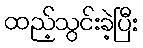
ထည့်သွင်းခဲ့ပြီး